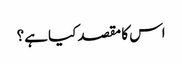
اس کا مقصد کیا ہے؟